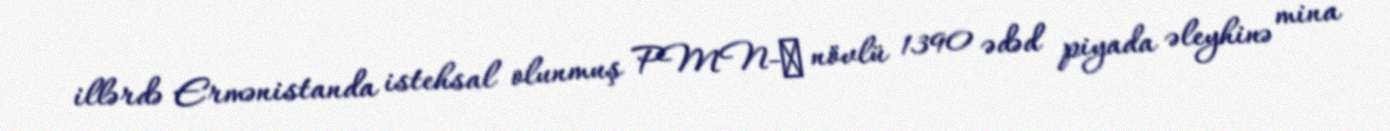
illərdə Ermənistanda istehsal olunmuş PMN-Э növlü 1390 ədəd piyada əleyhinə mina